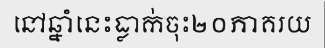
នៅឆ្នាំនេះធ្លាក់ចុះ២០ភាគរយ